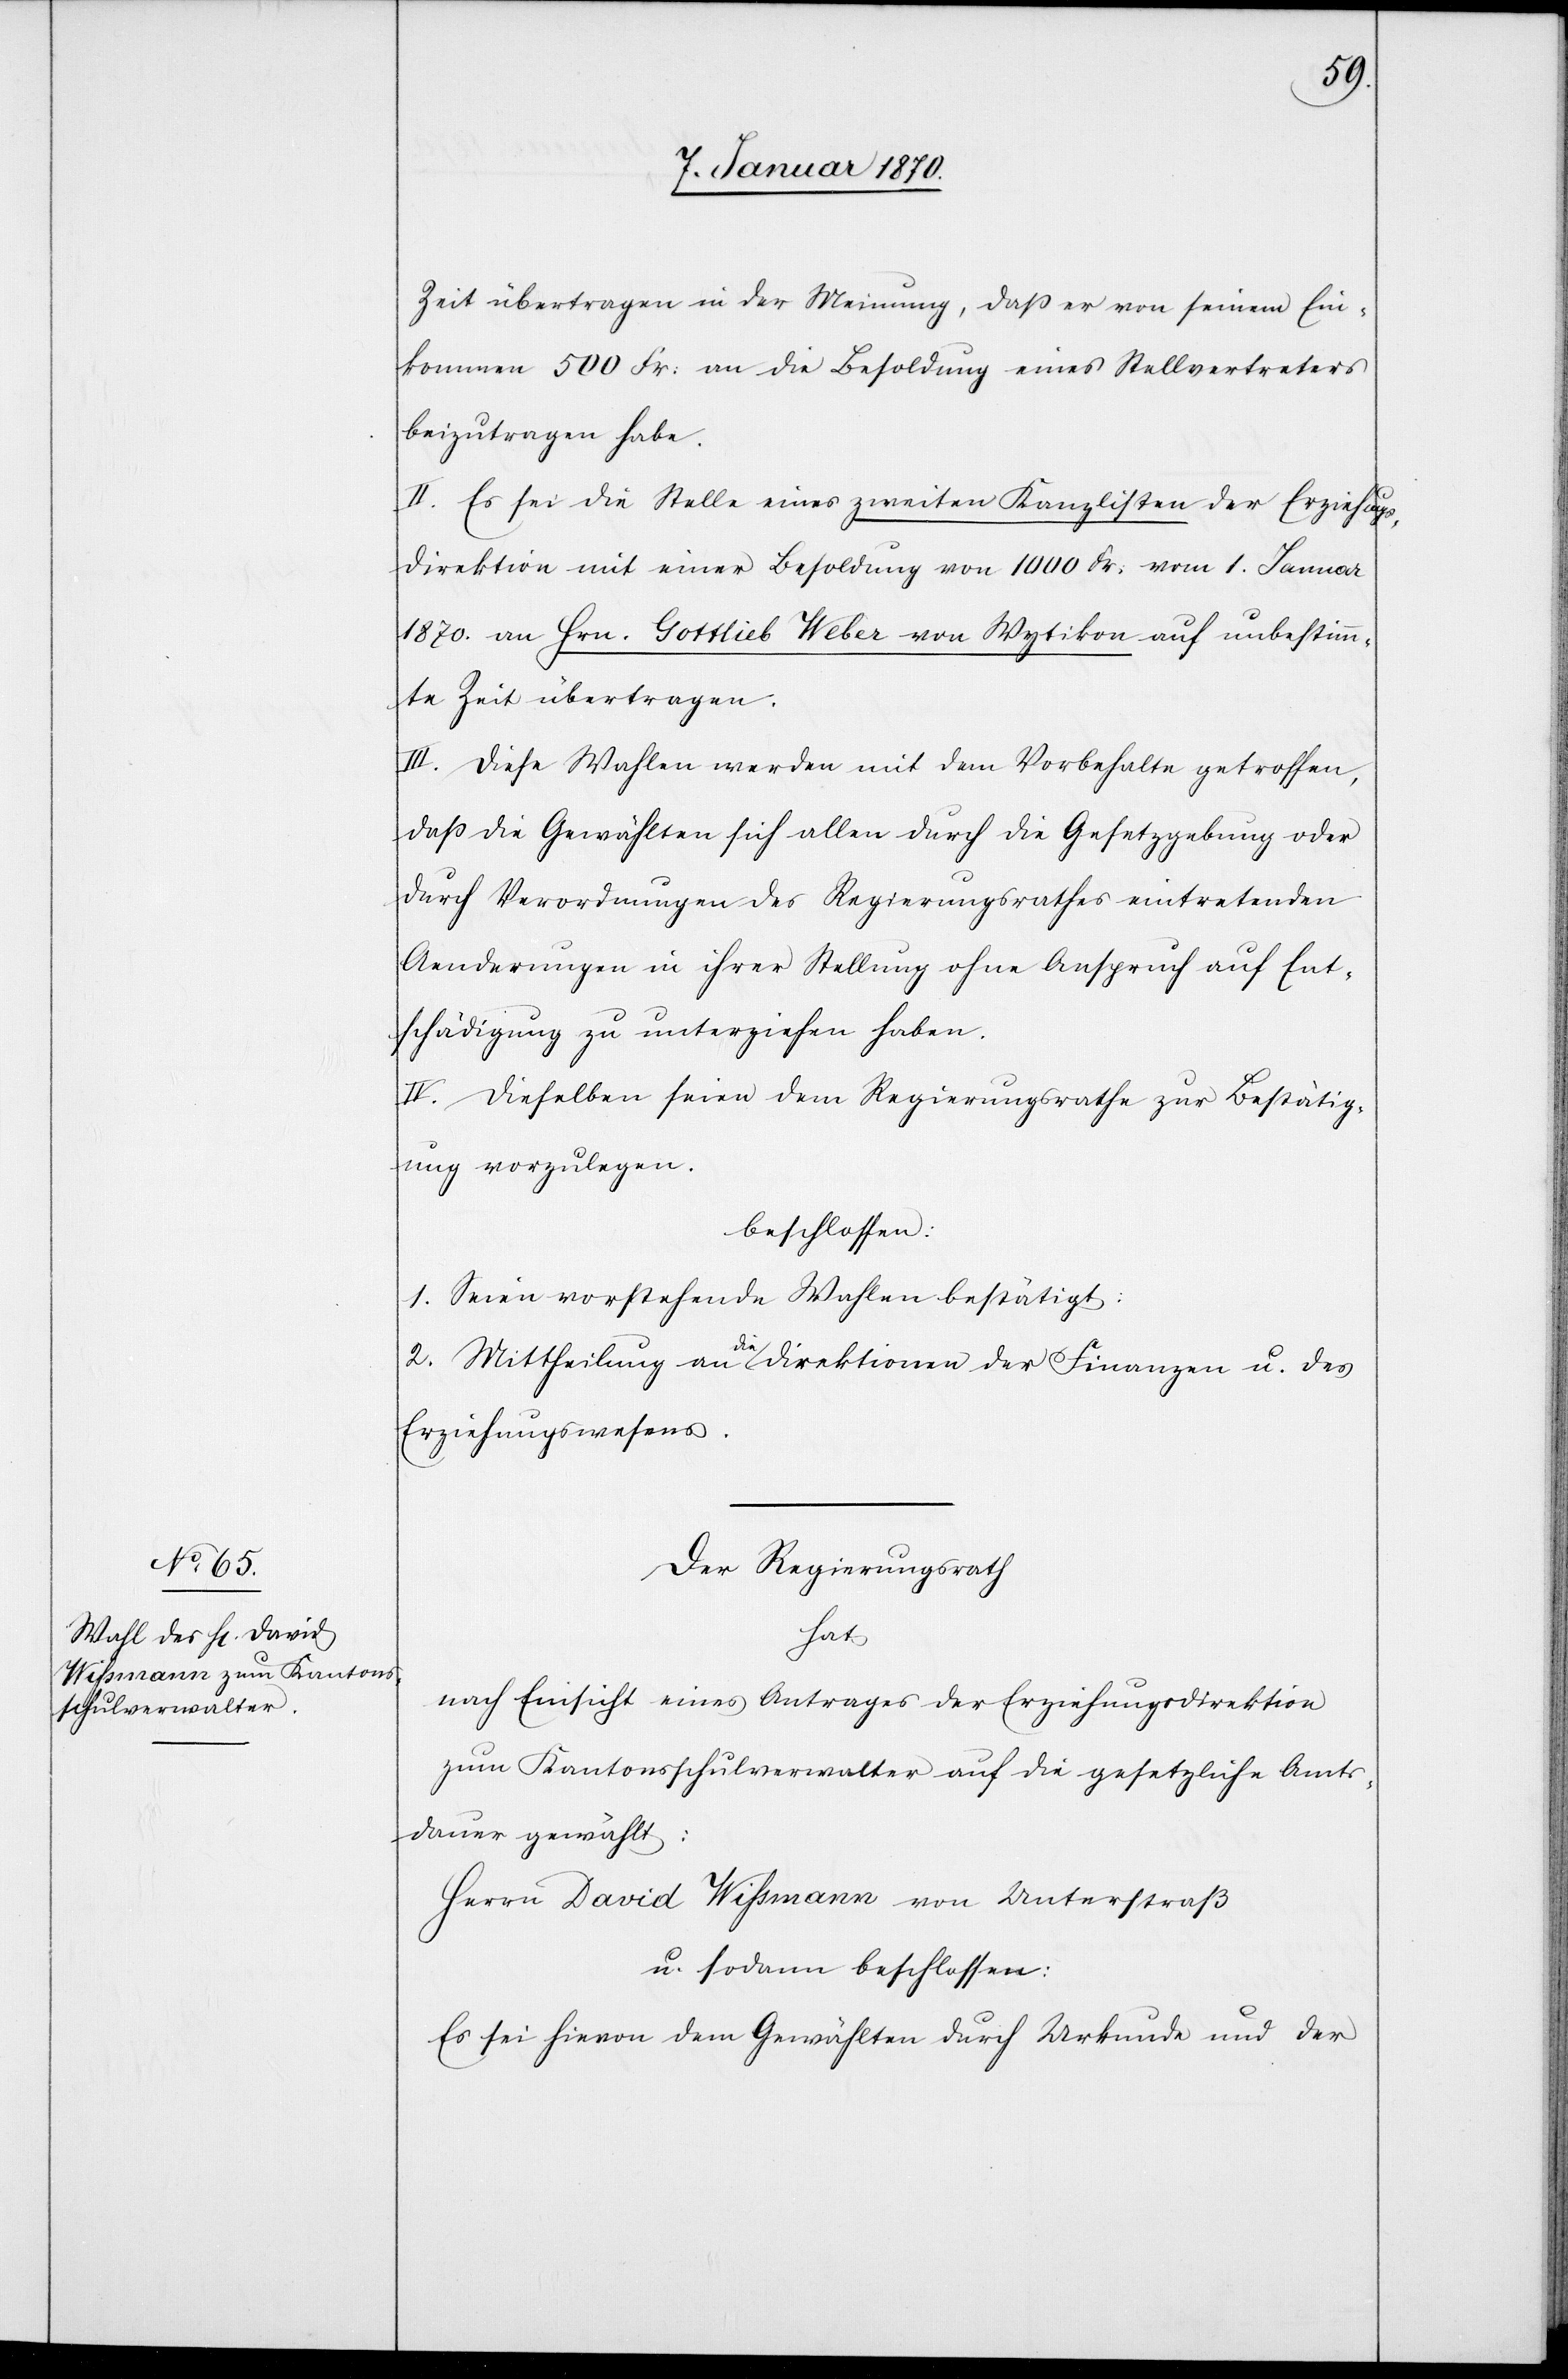
Zeit übertragen in der Meinung, daß er von seinem Ein¬
kommen 500 Fr: an die Besoldung eines Stellvertreters
beizutragen habe.
II. Es sei die Stelle eines zweiten Kanzlisten der Erziehungs¬
direktion mit einer Besoldung von 1000 Fr: vom 1. Januar
1870. an Hrn. Gottlieb Weber von Wytikon auf unbestimm¬
te Zeit übertragen.
III. Diese Wahlen werden mit dem Vorbehalte getroffen,
daß die Gewählten sich allen durch die Gesetzgebung oder
durch Verordnungen des Regierungsrathes eintretenden
Aenderungen in ihrer Stellung ohne Anspruch auf Ent¬
schädigung zu unterziehen haben.
IV. Dieselben seien dem Regierungsrathe zur Bestätig¬
ung vorzulegen.
beschlossen:
1. Seien vorstehende Wahlen bestätigt:
2. Mittheilung an die Direktionen der Finanzen u. des
Erziehungswesens.
Der Regierungsrath
hat
nach Einsicht eines Antrages der Erziehungsdirektion
zum Kantonsschulverwalter auf die gesetzliche Amts¬
dauer gewählt:
Herrn David Wissmann von Unterstraß
u. sodann beschlossen:
Es sei hievon dem Gewählten durch Urkunde und der